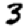
Digit: 3